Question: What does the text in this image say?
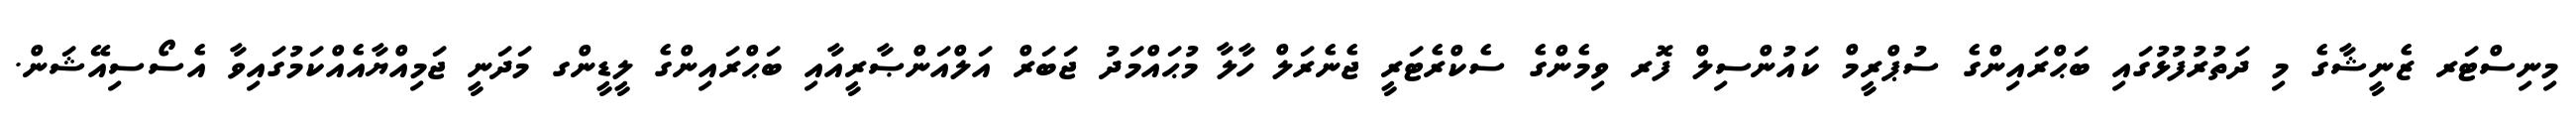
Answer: މިނިސްޓަރ ޒެނީޝާގެ މި ދަތުރުފުޅުގައި ބަޙްރައިންގެ ސުޕްރީމް ކައުންސިލް ފޮރ ވިމެންގެ ސެކްރެޓަރީ ޖެނެރަލް ހާލާ މުޙައްމަދު ޖަބަރް އަލްއަންޞާރީއާއި ބަޙްރައިންގެ ލީޑީންގ މަދަނީ ޖަމިއްޔާއެއްކަމުގައިވާ އެސޯސިއޭޝަން.